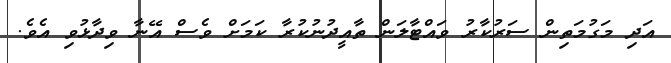
އަދި މަގުމަތިން ސަރުކާރު ވައްޓާލަން ތާއީދުނުކުރާ ކަމަށް ވެސް އޭނާ ވިދާޅުވި އެވެ.